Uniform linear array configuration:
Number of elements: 32
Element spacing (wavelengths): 0.75
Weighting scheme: hamming
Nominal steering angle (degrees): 45
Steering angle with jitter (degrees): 44.927
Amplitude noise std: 0.05
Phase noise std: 0.05

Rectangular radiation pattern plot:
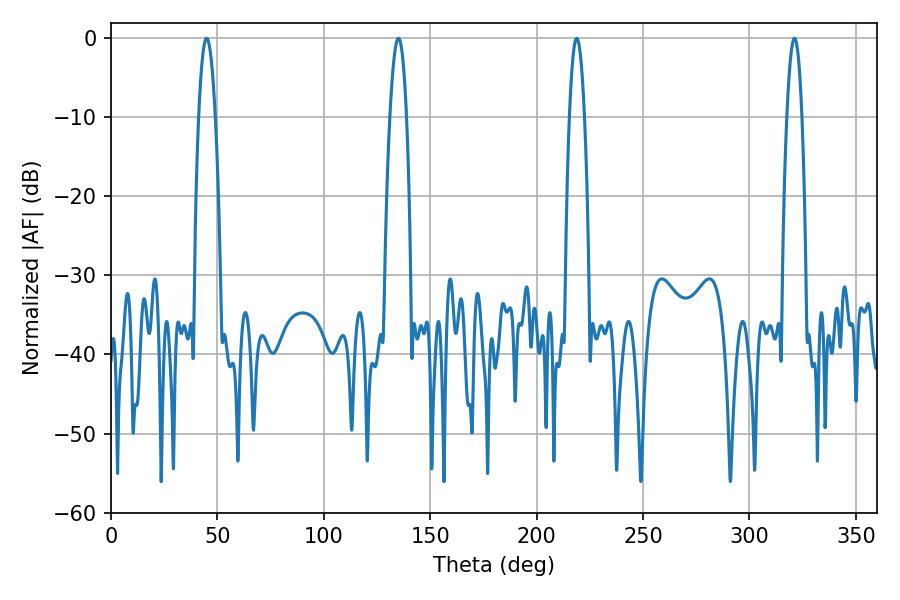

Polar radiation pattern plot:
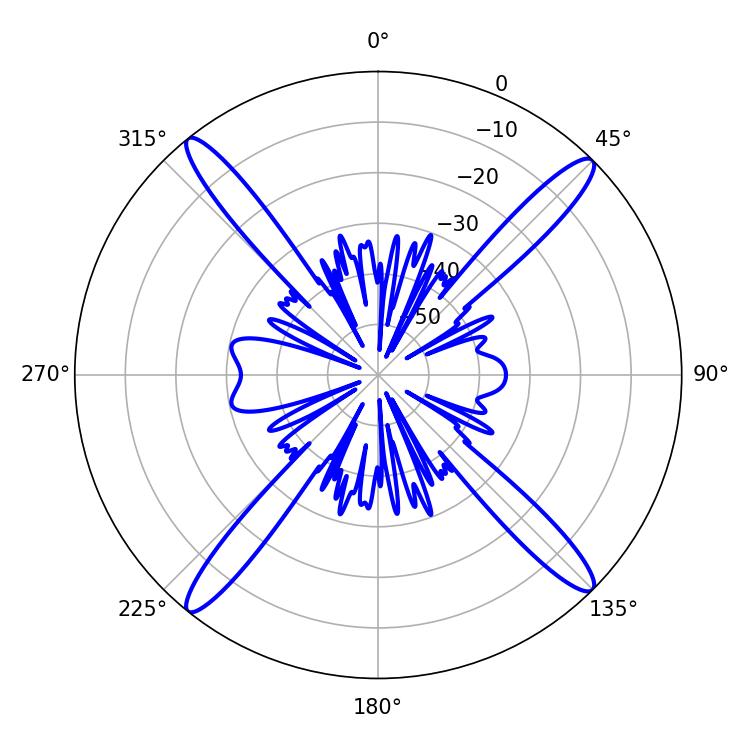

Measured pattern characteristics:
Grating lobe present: TRUE
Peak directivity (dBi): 19.568
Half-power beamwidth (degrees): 3.96
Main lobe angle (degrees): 321.12